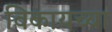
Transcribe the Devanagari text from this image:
विकायच्या